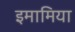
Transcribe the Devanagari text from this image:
इमामिया